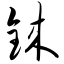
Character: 铼